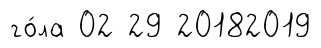
го́ла 02 29 20182019